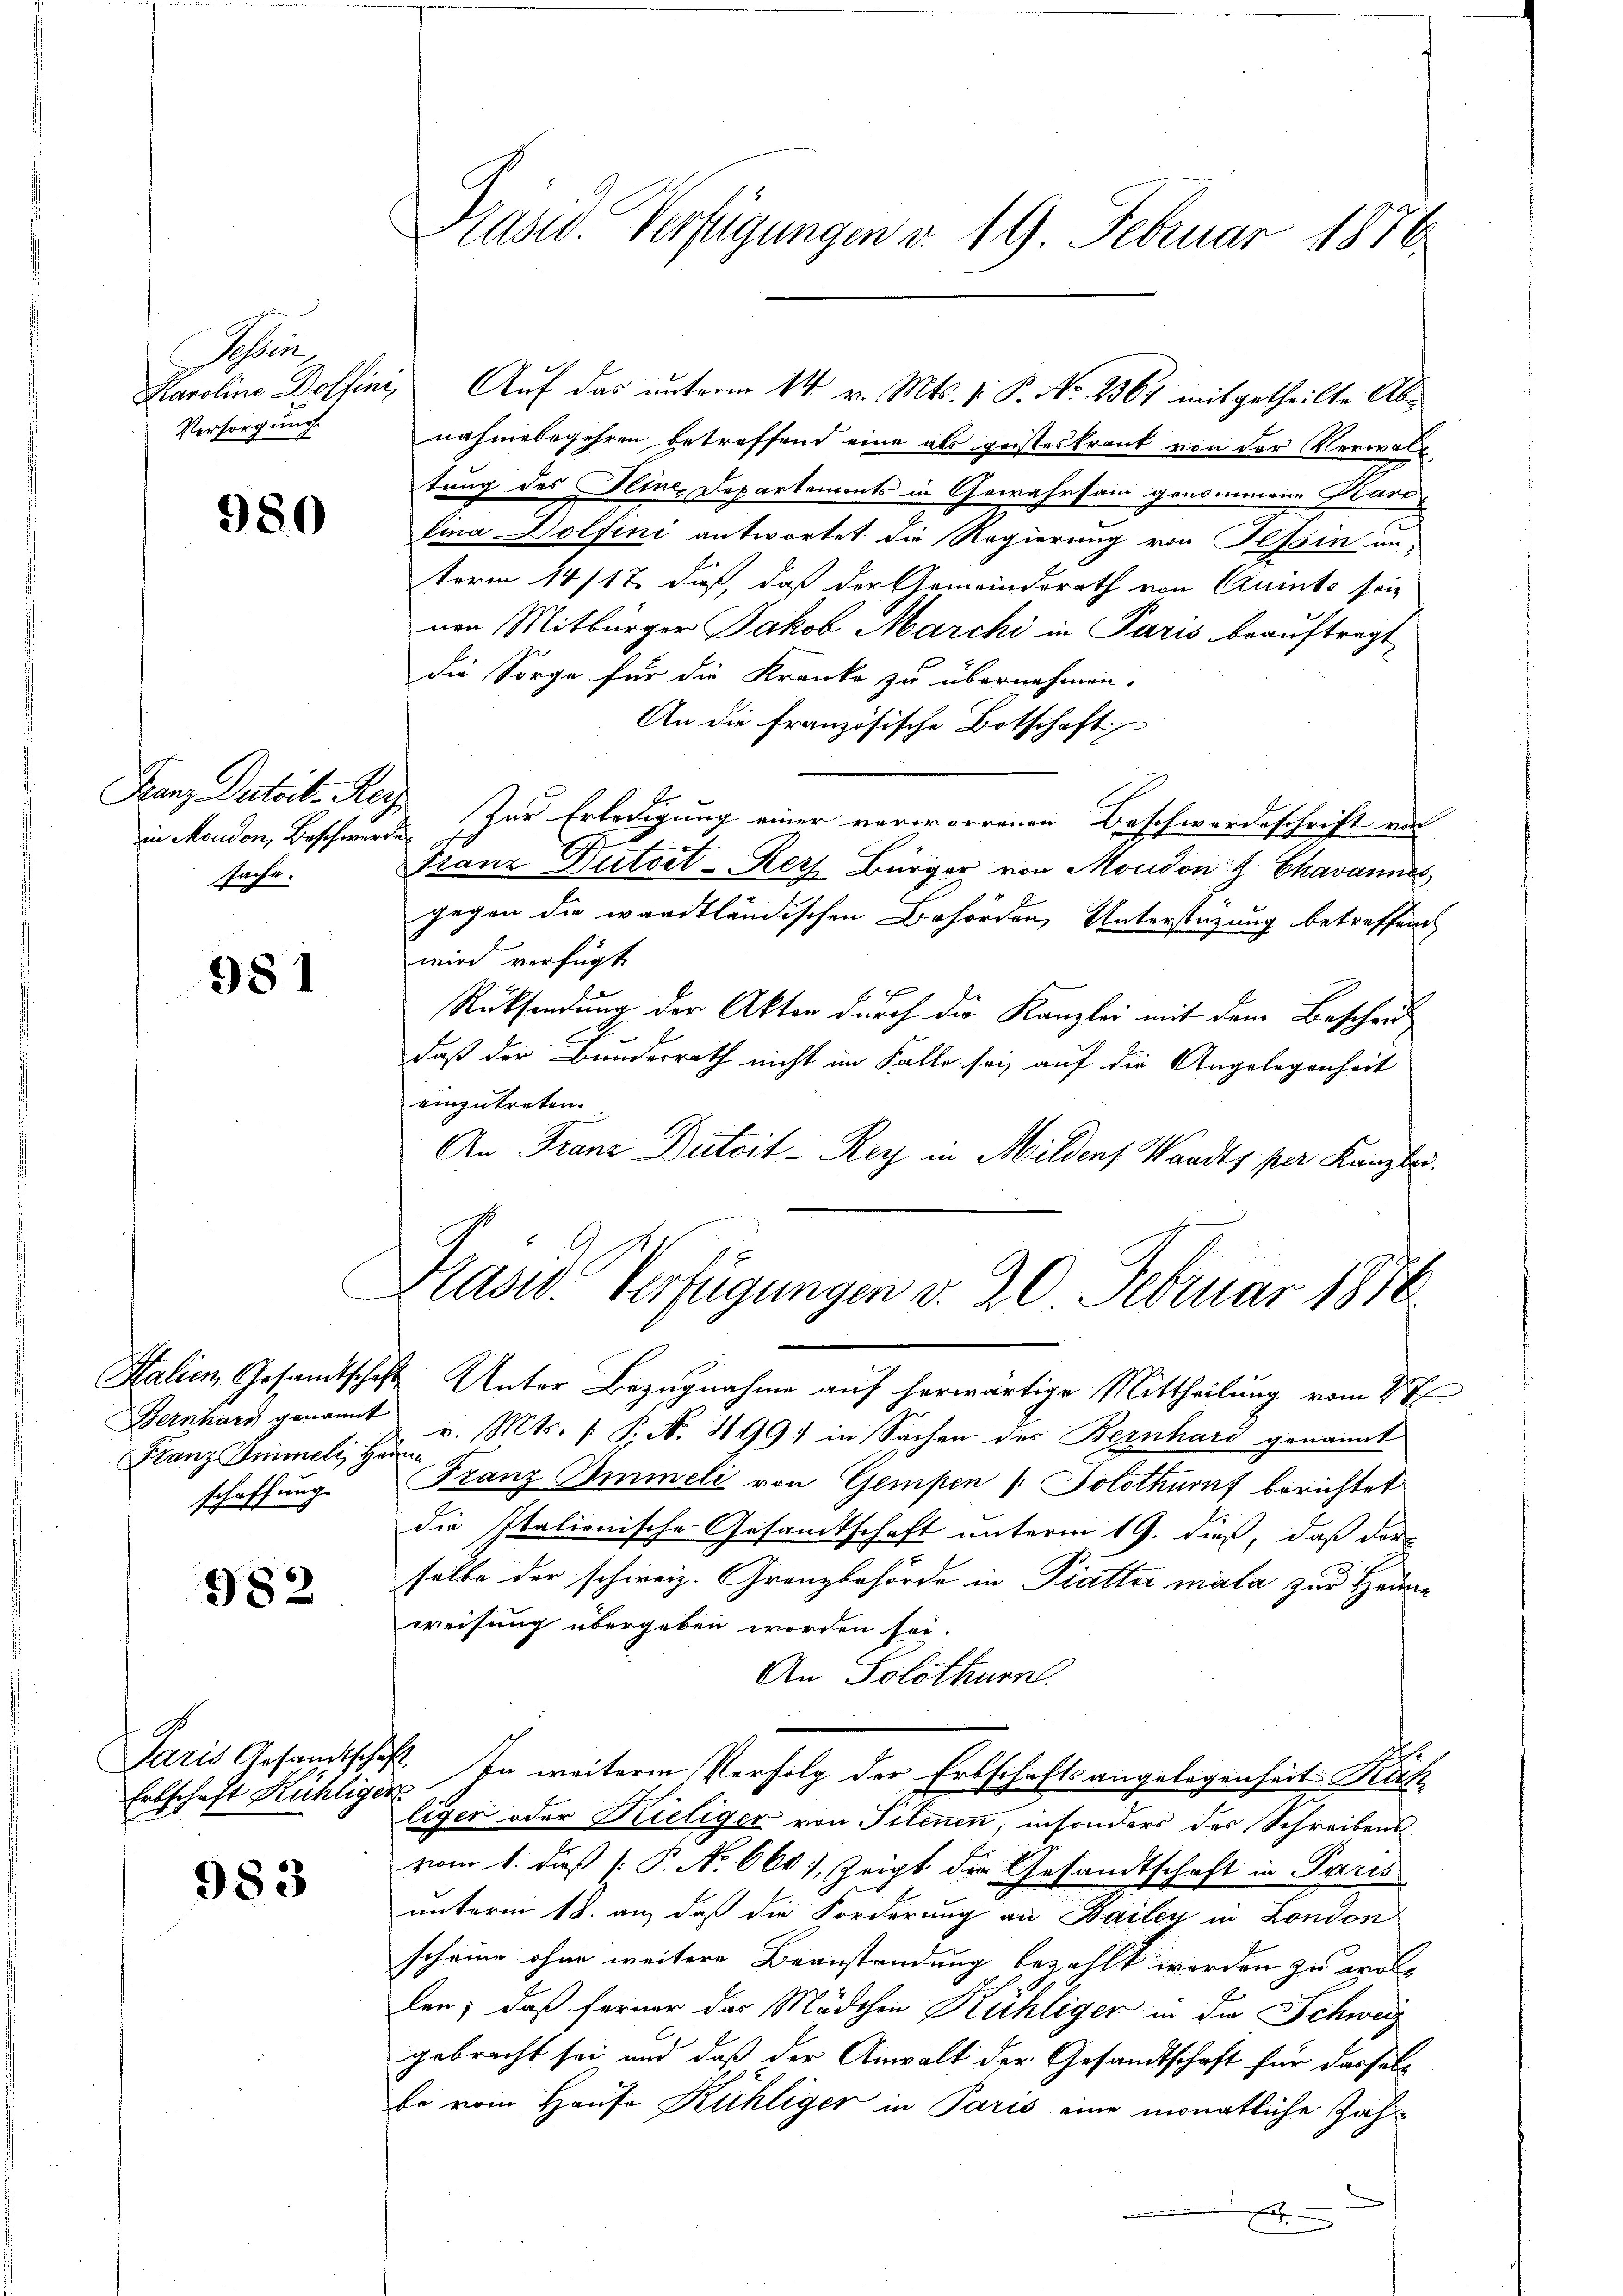
Sin
Versorgung.

980

in Mondon, Beschwerden
sache.

981

Bernhard genannt
Franz Imimeli, Hanschaffung

982

Erbschaft Kühliger

983

Präsid. Verfügungen d. 19. Februar 1876.

Karoline Doffini, Auf das unterm 14 v. Mts. v. P. No. 2567 mitgetheilte Abnahmebegehren betreffend eine als geisteskrank von der Verwaltung des Pline, Departements in Gewahrsam genommene Hartlina Dolfini antwortet die Regierung von Tessin anterm 14/12. daß, daß der Gemeindsrath von Quinte sein
nen Mitbürger Jakob Marchi in Paris beauftragt
die Sorge für die Kranke zu übernehmen.
An die französische Botschaft
Franz Datoit. Reg. Zur Erledigung einer verworrenen Beschwerdeschrift aus
7
.
Franz Gutsit-Kers Bürger von Moudon Chavannes,
gegen die wardtländischen Behörden, Unterstüzung betreffend
wird verfügt
Rücksendung der Akten durch die Kanzlei mit dem Bescheudaß der Bundesrath nicht im Falle sei, auf die Angelegenheit
einzutreten.
An Franz Dutoit-Rey in Milden Wandts per Kanzler.

Präsid. Verfügungen d. 20 Februar 1890

Italien, Gesandtschaft Unter Bezugnahme auf herwärtige Mittheilung vom 2ten
v. Mts. f. P. Nr. 499) in Sachen des Bernhard genannt
Franz Omieli von Gempen /: Solothurnf berichtet
die Italionische Gesandtschaft unterm 19. dieß, daß der
selbe der schweiz. Grenzbehörde in Platter mala zur Heum
weisung übergeben worden sei.
An Solothurn.
Paris Gesandtschaft so weiterem Verfolg der Erbschaftsangelegenheit Rüh
liger oder Kieliger von Pilenen, insonders des Schreibens
vom 1. dieß P. No 660), zeigt der Gesandtschaft in Paris
unterm 18. an, daß die Forderung an Bailey in London
scheine ohne weitere Beanstandung bezahlt werden zu woll
len; daß ferner das Mädchen Kühliger in der Schweiz
gebracht sei und daß der Anwalt der Gesandtschaft für dasselb
be vom Hause Kühliger in Paris eine monatliche Zahx